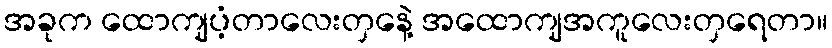
အခုက ထောကျပံ့တာလေးတှနေဲ့ အထောကျအကူလေးတှရေတာ။